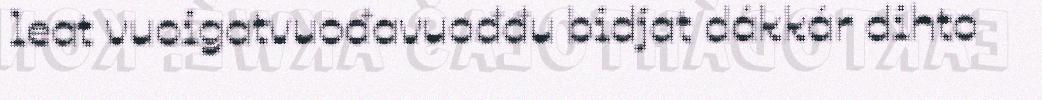
leat vuoigatvuođavuođđu bidjat dákkár dihto